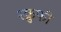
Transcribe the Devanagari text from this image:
स्क्रुफी